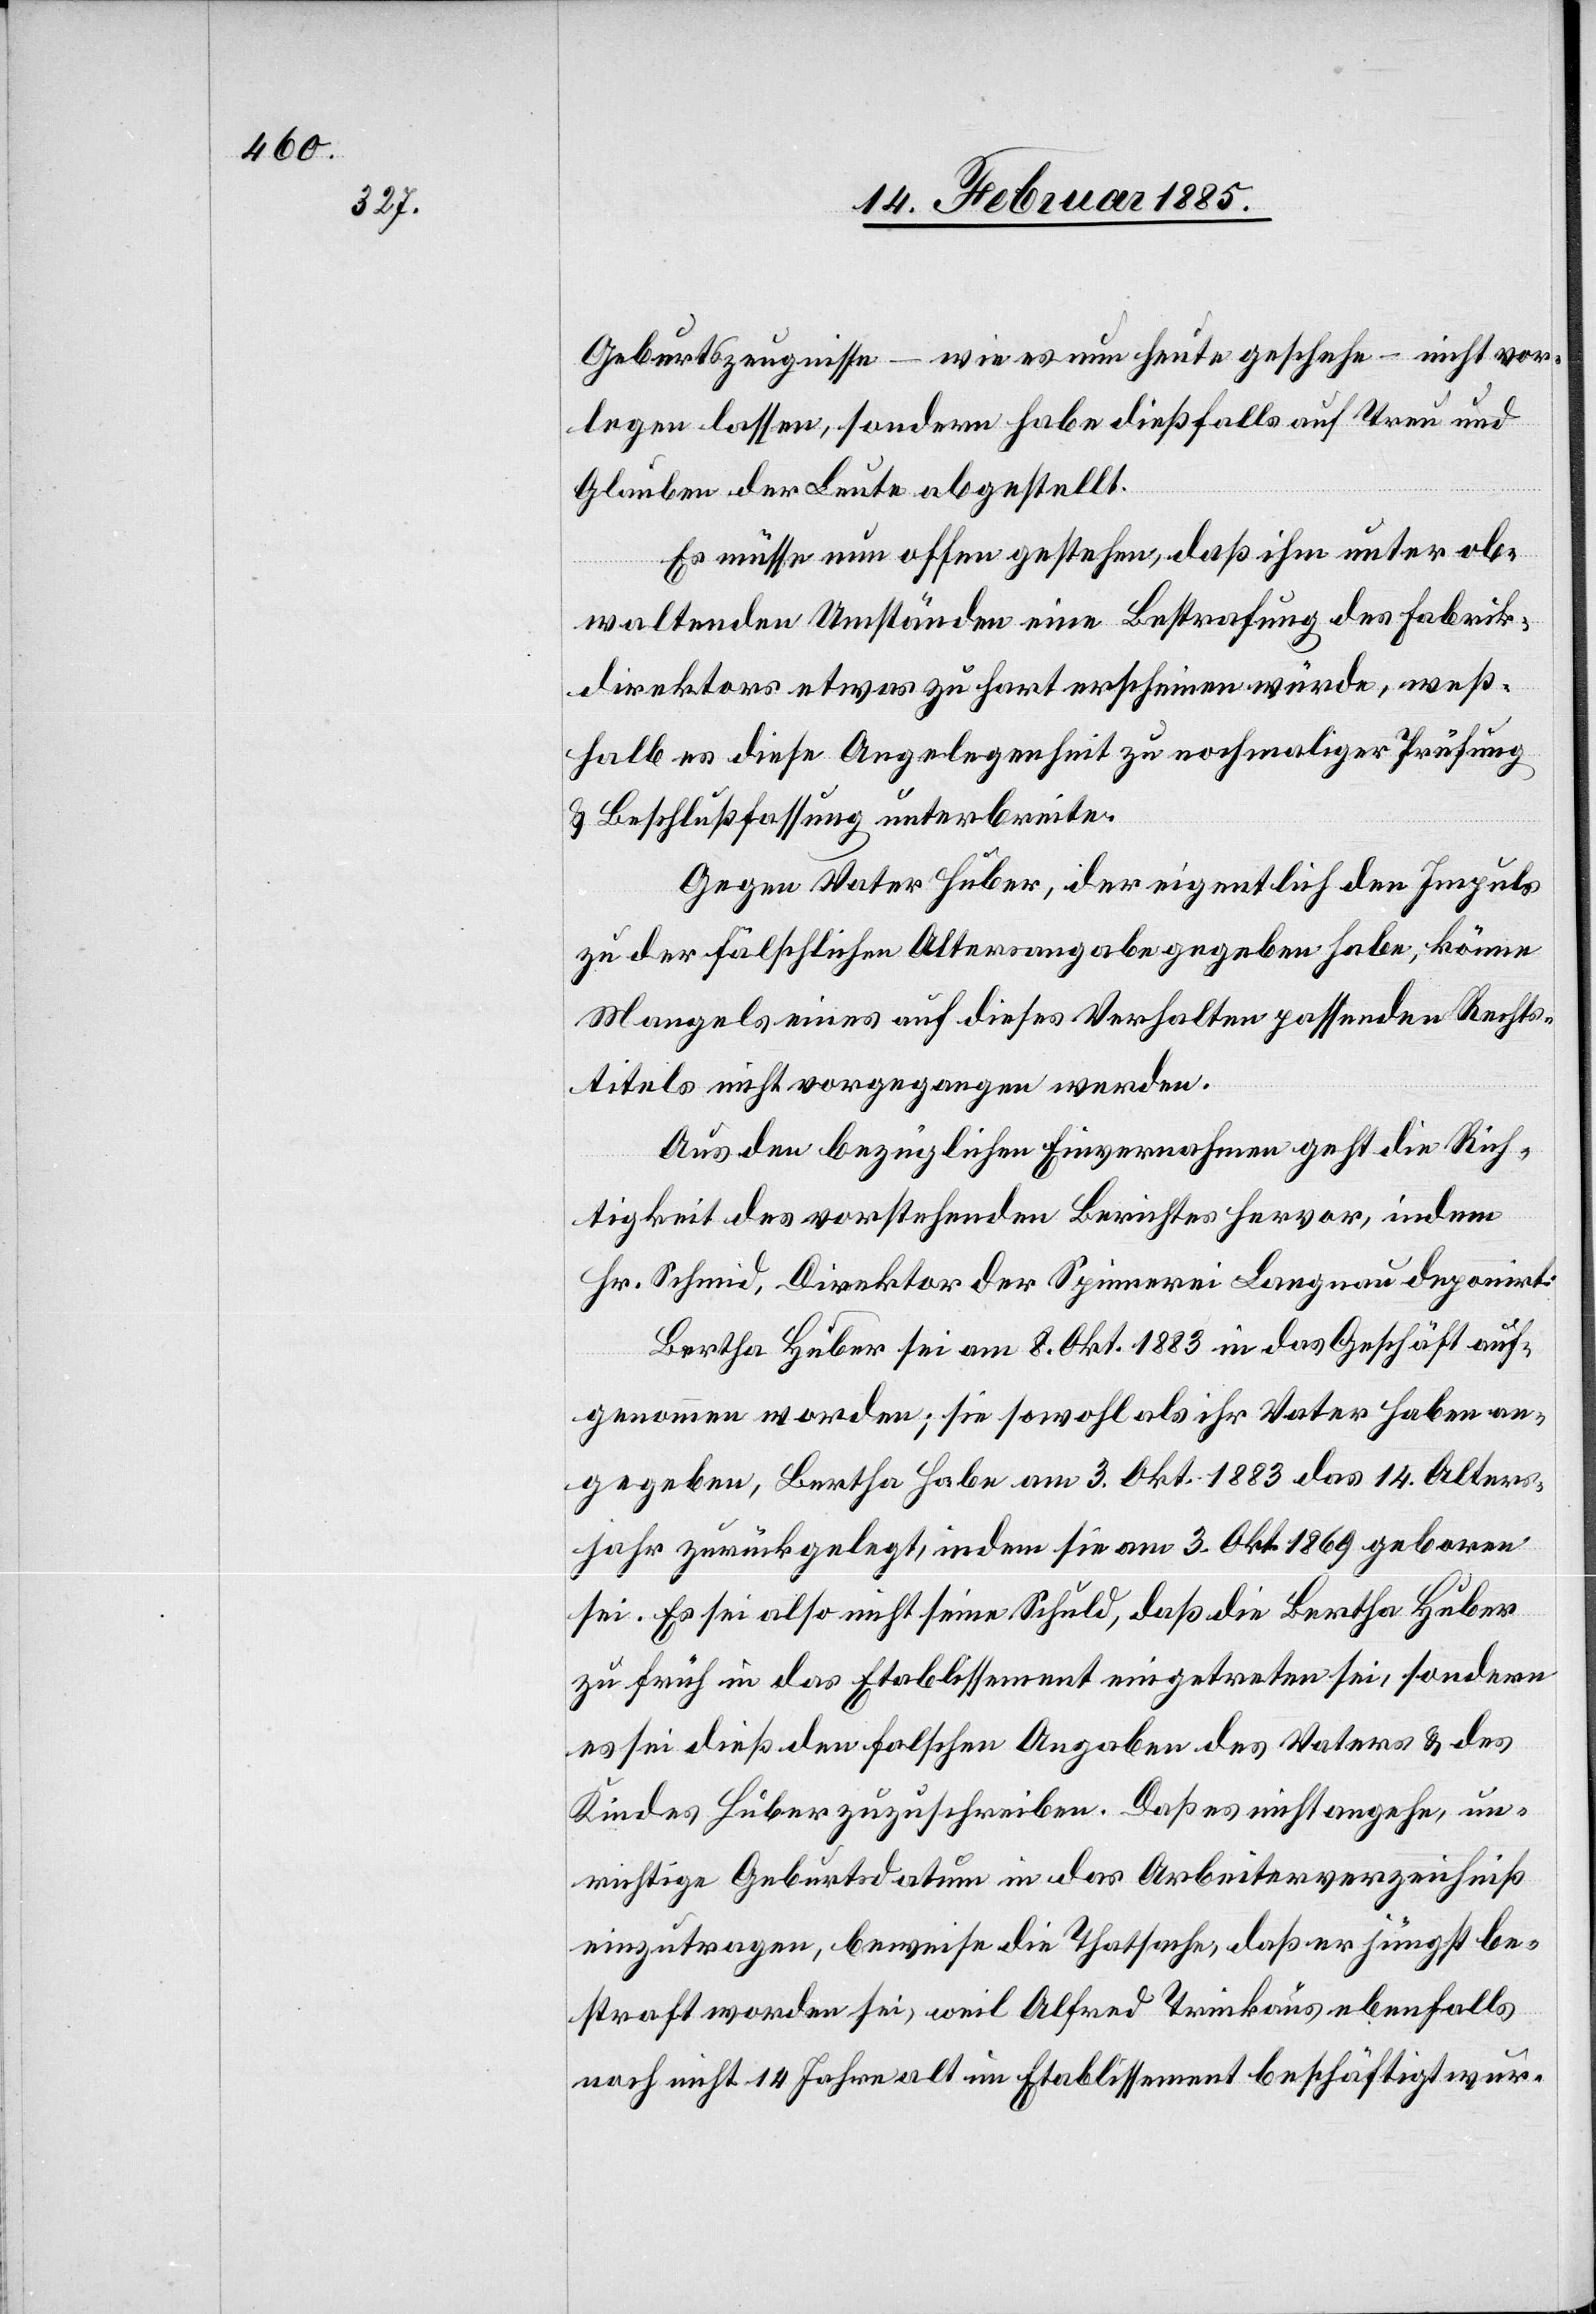
Geburtszeugnisse – wie es nun heute geschehe – nicht vor¬
legen lassen, sondern habe dießfalls auf Treu und
Glauben der Leute abgestellt.
Es müsse nun offen gestehen, daß ihm unter ob¬
waltenden Umständen eine Bestrafung des Fabrik¬
direktors etwas zu hart erscheinen würde, weß¬
halb es diese Angelegenheit zu nochmaliger Prüfung
& Beschlußfassung unterbreite.
Gegen Vater Huber, der eigentlich den Impuls
zu der fälschlichen Altersangabe gegeben habe, könne
Mangels eines auf dieses Verhalten passenden Rechts¬
titels nicht vorgegangen werden.
Aus den bezüglichen Einvernahmen geht die Rich¬
tigkeit des vorstehenden Gerichtes hervor, indem
Hr. Schmid, Direktor der Spinnerei Langnau deponirt:
Bertha Huber sei am 8. Okt. 1883 in das Geschäft auf¬
genommen worden; sie sowohl als ihr Vater haben an¬
gegeben, Bertha habe am 3. Oktober 1883 das 14. Alters¬
jahr zurückgelegt, indem sie am 3. Okt. 1869 geboren
sei. Es sei also nicht seine Schuld, daß die Bertha Huber
zu früh in das Etablissement eingetreten sei, sondern
es sei dieß den falschen Angaben des Vaters & des
Kindes Huber zuzuschreiben. Daß es nicht angehe, un¬
richtige Geburtsdatum [sic!] in das Arbeiterverzeichniß
einzutragen, beweise die Thatsache, daß er jüngst be¬
straft worden sei, weil Alfred Trinkaus ebenfalls
noch nicht 14 Jahre alt im Etablissement beschäftigt wur-